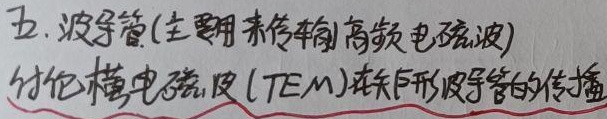
五. 波导管(主要用来传输)高频电磁波讨论横电磁波(TEM)在矩形波导管的传播